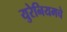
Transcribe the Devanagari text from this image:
युरेनियमचे